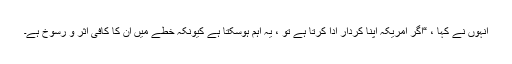
انہوں نے کہا ، “اگر امریکہ اپنا کردار ادا کرتا ہے تو ، یہ اہم ہوسکتا ہے کیونکہ خطے میں ان کا کافی اثر و رسوخ ہے۔